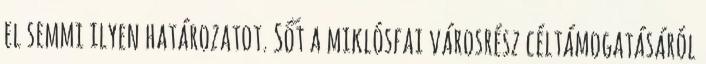
el semmi ilyen határozatot. Sőt a miklósfai városrész céltámogatásáról